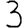
Digit: 3